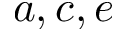
a , c , e